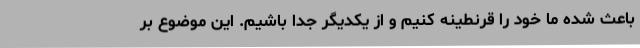
باعث شده ما خود را قرنطینه کنیم و از یکدیگر جدا باشیم. این موضوع بر